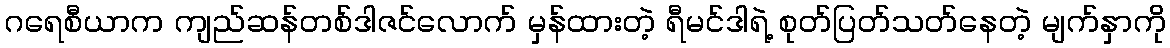
ဂရေစီယာက ကျည်ဆန်တစ်ဒါဇင်လောက် မှန်ထားတဲ့ ရီမင်ဒါရဲ့ စုတ်ပြတ်သတ်နေတဲ့ မျက်နှာကို